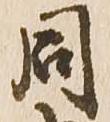
同